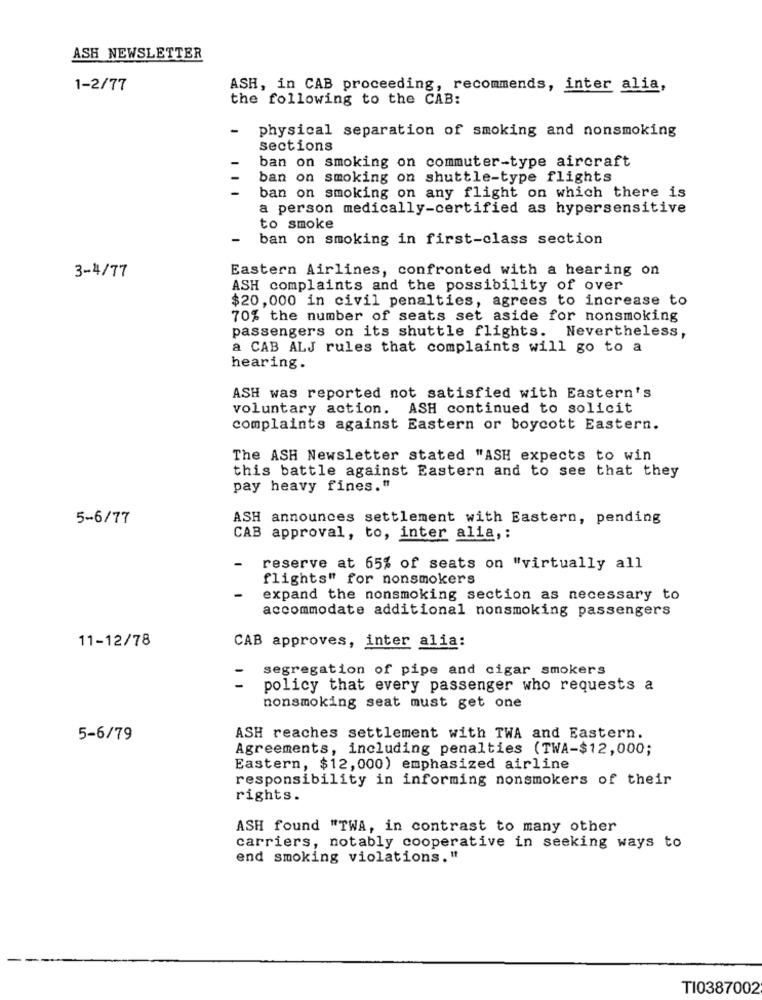
ASH NEWSLETTER
1-2/77
ASH, in CAB proceeding, recommends, inter alia,
the following to the CAB:
-
physical separation of smoking and nonsmoking
sections
ban on smoking on commuter-type aircraft
ban on smoking on shuttle-type flights
ban on smoking on any flight on which there is
a person medically-certified as hypersensitive
to smoke
-
ban on smoking in first-class section
Eastern Airlines, confronted with a hearing on
3-4/77
ASH complaints and the possibility of over
$20,000 in civil penalties, agrees to increase to
70% the number of seats set aside for nonsmoking
passengers on its shuttle flights. Nevertheless,
a CAB ALJ rules that complaints will go to a
hearing.
ASH was reported not satisfied with Eastern's
voluntary action. ASH continued to solicit
complaints against Eastern or boycott Eastern.
The ASH Newsletter stated "ASH expects to win
this battle against Eastern and to see that they
pay heavy fines."
5-6/77
ASH announces settlement with Eastern, pending
CAB approval, to, inter alia ,:
-
reserve at 65% of seats on "virtually all
flights" for nonsmokers
expand the nonsmoking section as necessary to
accommodate additional nonsmoking passengers
11-12/78
CAB approves, inter alia:
segregation of pipe and cigar smokers
=
policy that every passenger who requests a
nonsmoking seat must get one
5-6/79
ASH reaches settlement with TWA and Eastern.
Agreements, including penalties (TWA-$12,000;
Eastern, $12,000) emphasized airline
responsibility in informing nonsmokers of their
rights.
ASH found "TWA, in contrast to many other
carriers, notably cooperative in seeking ways to
end smoking violations."
TI0387002